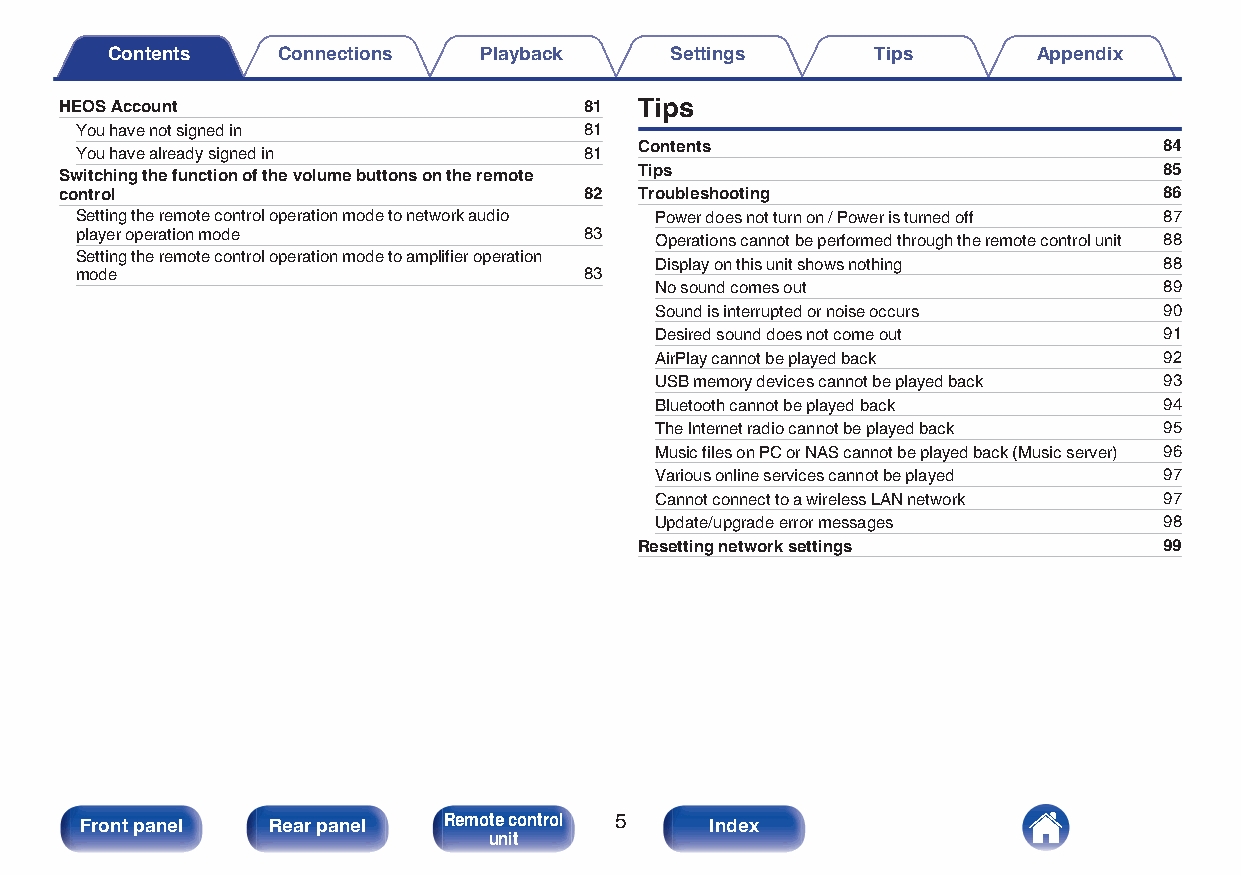
Contents   Connections   Playback    Settings      Tips       Appendix
 HEOS Account                       81 Tips
 You have not signed in            81
 Contents                           84
 You have already signed in        81
 Switching the function of the volume buttons on the remote Tips          85
 control                            82 Troubleshooting                    86
 Setting the remote control operation mode to network audio Power does not turn on / Power is turned off 87
 player operation mode             83  Operations cannot be performed through the remote control unit 88
 Setting the remote control operation mode to amplifier operation
 Display on this unit shows nothing 88
 mode                              83
 No sound comes out                89
 Sound is interrupted or noise occurs 90
 Desired sound does not come out   91
 AirPlay cannot be played back     92
 USB memory devices cannot be played back 93
 Bluetooth cannot be played back   94
 The Internet radio cannot be played back 95
 Music files on PC or NAS cannot be played back (Music server) 96
 Various online services cannot be played 97
 Cannot connect to a wireless LAN network 97
 Update/upgrade error messages     98
 Resetting network settings         99
 Front panel  Rear panel Remote control 5  Index
 unit